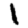
Digit: 1